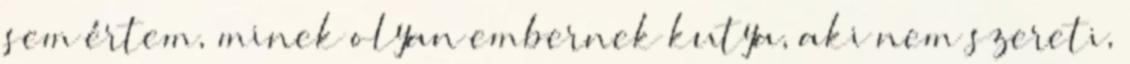
sem értem, minek olyan embernek kutya, aki nem szereti,